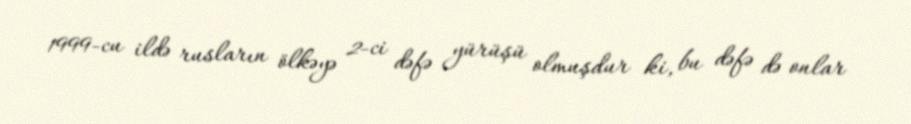
1999-cu ildə rusların ölkəyə 2-ci dəfə yürüşü olmuşdur ki, bu dəfə də onlar